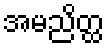
အမညိတ္ထ